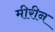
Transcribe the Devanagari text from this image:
मीरीन